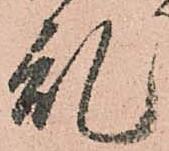
乱